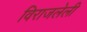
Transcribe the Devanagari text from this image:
विराजलेली